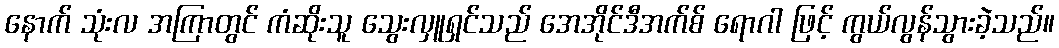
နောက် သုံးလ အကြာတွင် ကံဆိုးသူ သွေးလှူရှင်သည် အေအိုင်ဒီအက်စ် ရောဂါ ဖြင့် ကွယ်လွန်သွားခဲ့သည်။